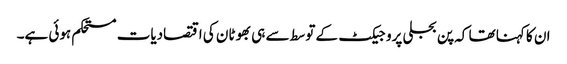
ان کا کہنا تھا کہ پن بجلی پروجیکٹ کے توسط سے ہی بھوٹان کی اقتصادیات مستحکم ہوئی ہے۔